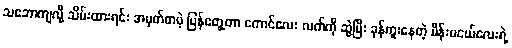
သဘောကျလို့ သိမ်းထားရင်း အမှတ်တမဲ့ ပြန်တွေ့တာ ကောင်လေး လက်ကို ဆွဲပြီး ခုန်ကူးနေတဲ့ မိန်းမငယ်လေးရဲ့